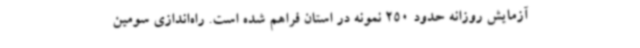
آزمایش روزانه حدود 250 نمونه در استان فراهم شده است. راه‌اندازی سومین